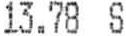
13.78 S